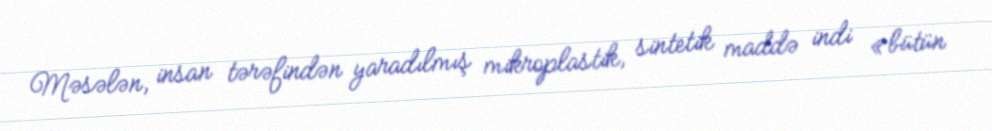
Məsələn, insan tərəfindən yaradılmış mikroplastik, sintetik maddə indi «bütün